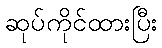
ဆုပ်ကိုင်ထားပြီး